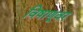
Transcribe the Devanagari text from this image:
विषाणूवर